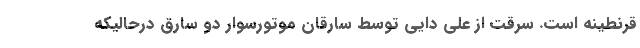
قرنطینه است. سرقت از علی دایی توسط سارقان موتورسوار دو سارق درحالیکه